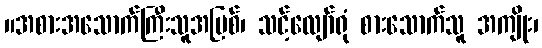
။အစားအသောက်ကြီးသူအပြစ်၊ သင့်လျော်ရုံ စားသောက်သူ အကျိုး၊